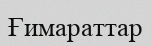
Ғимараттар